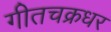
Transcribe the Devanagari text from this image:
गीतचक्रधर